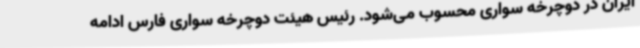
ایران در دوچرخه سواری محسوب می‌شود. رئیس هیئت دوچرخه سواری فارس ادامه